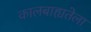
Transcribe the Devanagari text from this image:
कालबाह्यतेला